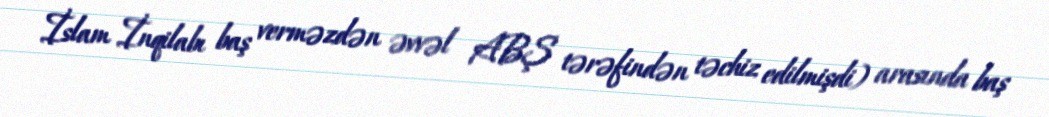
İslam İnqilabı baş verməzdən əvvəl ABŞ tərəfindən təchiz edilmişdi) arasında baş